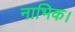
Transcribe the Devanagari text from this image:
नाभिक।